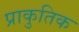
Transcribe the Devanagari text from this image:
प्राकुतिक